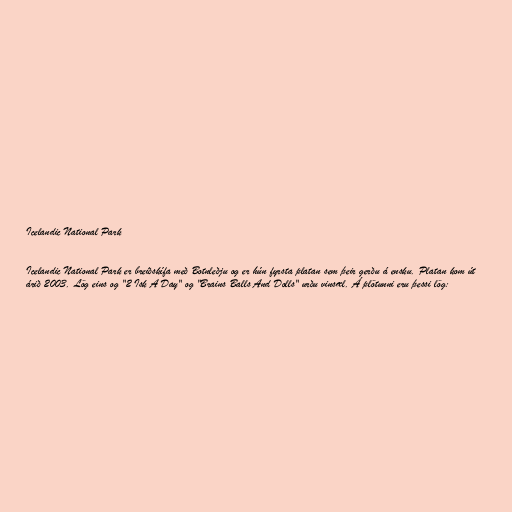
Icelandic National Park

Icelandic National Park er breiðskífa með Botnleðju og er hún fyrsta platan sem þeir gerðu á ensku. Platan kom út
árið 2003. Lög eins og "2 Isk A Day" og "Brains Balls And Dolls" urðu vinsæl. Á plötunni eru þessi lög: